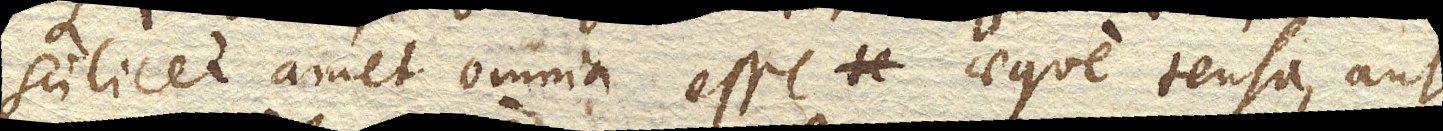
scilicet amet omnia esse aeque tensa, aut